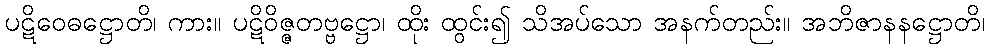
ပဋိဝေဓဋ္ဌောတိ၊ ကား။ ပဋိဝိဇ္ဇတဗ္ဗဋ္ဌော၊ ထိုး ထွင်း၍ သိအပ်သော အနက်တည်း။ အဘိဇာနနဋ္ဌောတိ၊